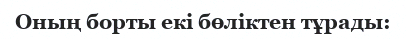
Оның борты екі бөліктен тұрады: